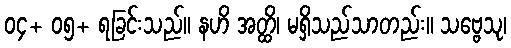
၀၄+ ၀၅+ ရခြင်းသည်။ နဟိ အတ္ထိ၊ မရှိသည်သာတည်း။ သဗ္ဗေသု၊